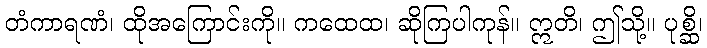
တံကာရဏံ၊ ထိုအကြောင်းကို။ ကထေထ၊ ဆိုကြပါကုန်။ ဣတိ၊ ဤသို့။ ပုစ္ဆိ၊